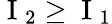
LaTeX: \mathrm{~I~}_{2}\geq\mathrm{~I~}_{1}